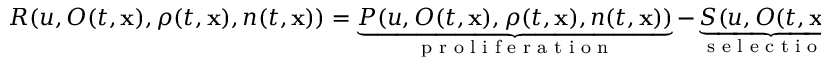
R ( u , O ( t , \mathbf { x } ) , \rho ( t , \mathbf { x } ) , n ( t , \mathbf { x } ) ) = \underbrace { P ( u , O ( t , \mathbf { x } ) , \rho ( t , \mathbf { x } ) , n ( t , \mathbf { x } ) ) } _ { \textup { p r o l i f e r a t i o n } } - \underbrace { S ( u , O ( t , \mathbf { x } ) ) } _ { \textup { s e l e c t i o n } } - \underbrace { N ( O ( t , \mathbf { x } ) ) } _ { \textup { n e c r o s i s } } .